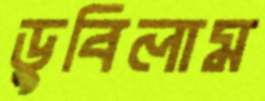
ডুবিলাম